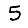
Digit: 5